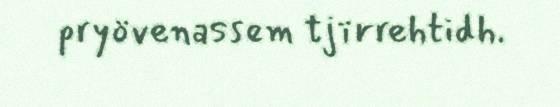
pryövenassem tjïrrehtidh.